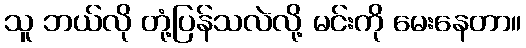
သူ ဘယ်လို တုံ့ပြန်သလဲလို့ မင်းကို မေးနေတာ။